Vaccination in Burma 1889-1999 - 1889-1999
Year: 1889
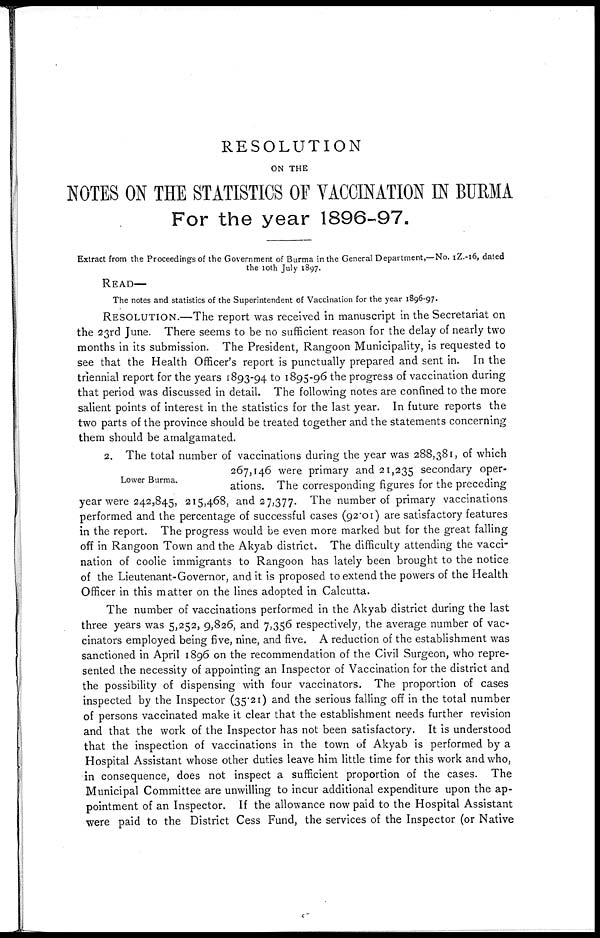
RESOLUTION
ON THE
NOTES ON THE STATISTICS OF VACCINATION IN BURMA
For the year 1896-97.
Extract from the Proceedings of the Government of Burma in the General Department,—No. IZ.-16, dated
the 10th July 1897.
READ—
The notes and statistics of the Superintendent of Vaccination for the year 1896-97.
RESOLUTION.—The report was received in manuscript in the Secretariat on
the 23rd June. There seems to be no sufficient reason for the delay of nearly two
months in its submission. The President, Rangoon Municipality, is requested to
see that the Health Officer's report is punctually prepared and sent in. In the
triennial report for the years 1893-94 to 1895-96 the progress of vaccination during
that period was discussed in detail. The following notes are confined to the more
salient points of interest in the statistics for the last year. In future reports the
two parts of the province should be treated together and the statements concerning
them should be amalgamated.
Lower Burma.
2. The total number of vaccinations during the year was 288,381, of which
267,146 were primary and 21,235 secondary oper-
ations. The corresponding figures for the preceding
year were 242,845, 215,468, and 27,377. The number of primary vaccinations
performed and the percentage of successful cases (92.01) are satisfactory features
in the report. The progress would be even more marked but for the great falling
off in Rangoon Town and the Akyab district. The difficulty attending the vacci-
nation of coolie immigrants to Rangoon has lately been brought to the notice
of the Lieutenant-Governor, and it is proposed to extend the powers of the Health
Officer in this matter on the lines adopted in Calcutta.
The number of vaccinations performed in the Akyab district during the last
three years was 5,252, 9,826, and 7,356 respectively, the average number of vac-
cinators employed being five, nine, and five. A reduction of the establishment was
sanctioned in April 1896 on the recommendation of the Civil Surgeon, who repre-
sented the necessity of appointing an Inspector of Vaccination for the district and
the possibility of dispensing with four vaccinators. The proportion of cases
inspected by the Inspector (35.21) and the serious falling off in the total number
of persons vaccinated make it clear that the establishment needs further revision
and that the work of the Inspector has not been satisfactory. It is understood
that the inspection of vaccinations in the town of Akyab is performed by a
Hospital Assistant whose other duties leave him little time for this work and who,
in consequence, does not inspect a sufficient proportion of the cases. The
Municipal Committee are unwilling to incur additional expenditure upon the ap-
pointment of an Inspector. If the allowance now paid to the Hospital Assistant
were paid to the District Cess Fund, the services of the Inspector (or Native